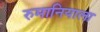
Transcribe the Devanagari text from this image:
रुमानियाला